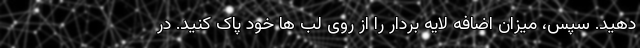
دهید. سپس، میزان اضافه لایه بردار را از روی لب ها خود پاک کنید. در